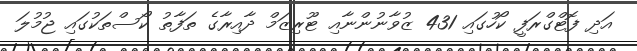
އަދި ފޮޓްގްރަފީ ކޯހުގައި 431 ޒުވާނުންނާއި ޓޫރިޒަމް ދާއިރާގެ ތަފާތު ކޯސްތަކުގައި ޖުމުލަ